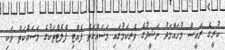
ކުރީގެ ރައީސް މުހައްމަދު ނަޝީދުގެ ވެރިކަމުގައި މަސައްކަތް ފެއްޓި ފްލެޓްތަކުގެ މަސައްކަތް ވަކި